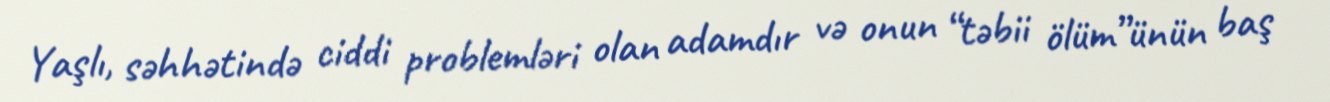
Yaşlı, səhhətində ciddi problemləri olan adamdır və onun “təbii ölüm”ünün baş